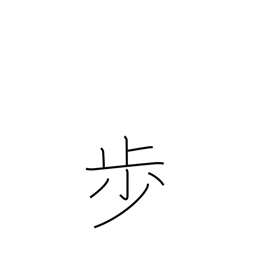
Meaning: counter for steps